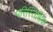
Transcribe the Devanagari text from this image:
परिस्तिथिक